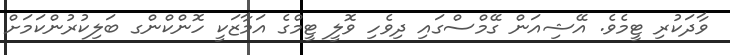
ވާދަކުރި ޓީމެވެ. އޭޝިއަން ގޭމްސްގައި ދިވެހި ވޮލީ ޓީމްގެ އަމާޒަކީ ހޮންކްންގ ބަލިކުރުންކަމަށް